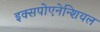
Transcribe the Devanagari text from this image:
इक्सपोएनेन्शियल